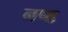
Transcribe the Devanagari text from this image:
नष्ठ